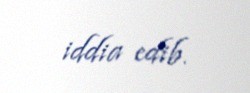
iddia edib.